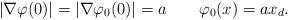
LaTeX: \begin{align*}|\nabla\varphi(0)|=|\nabla\varphi_0(0)|=a\qquad\varphi_0(x)=a x_d.\end{align*}